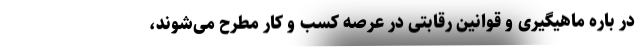
در باره ماهیگیری و قوانین رقابتی در عرصه کسب و کار مطرح می‌شوند،